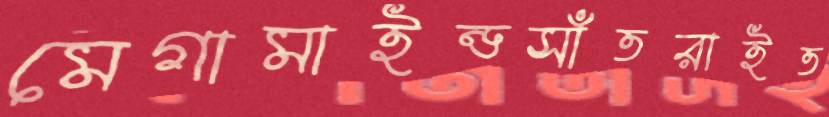
মেগামাইন্ডসাঁতরাইত